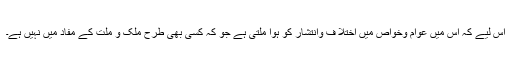
اس لیے کہ اس میں عوام وخواص میں اختلا ف وانتشار کو ہوا ملتی ہے جو کہ کسی بھی طرح ملک و ملت کے مفاد میں نہیں ہے۔